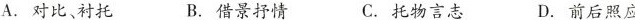
A. 对比，衬托B. 借景抒情C. 托物志D. 前后照应